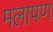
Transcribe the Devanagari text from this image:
मलापण